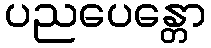
ပညပေန္တော